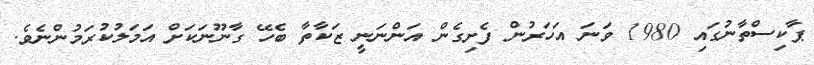
ޕާކިސްތާނުގައި 1980 ވަނަ އަހަރުން ފެށިގެން އަންނަނީ ޒަކާތާ ބެހޭ ގާނޫނަކަށް އަމަލުކުރަމުންނެވެ.